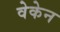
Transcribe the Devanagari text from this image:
वेकेन